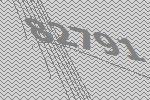
82791